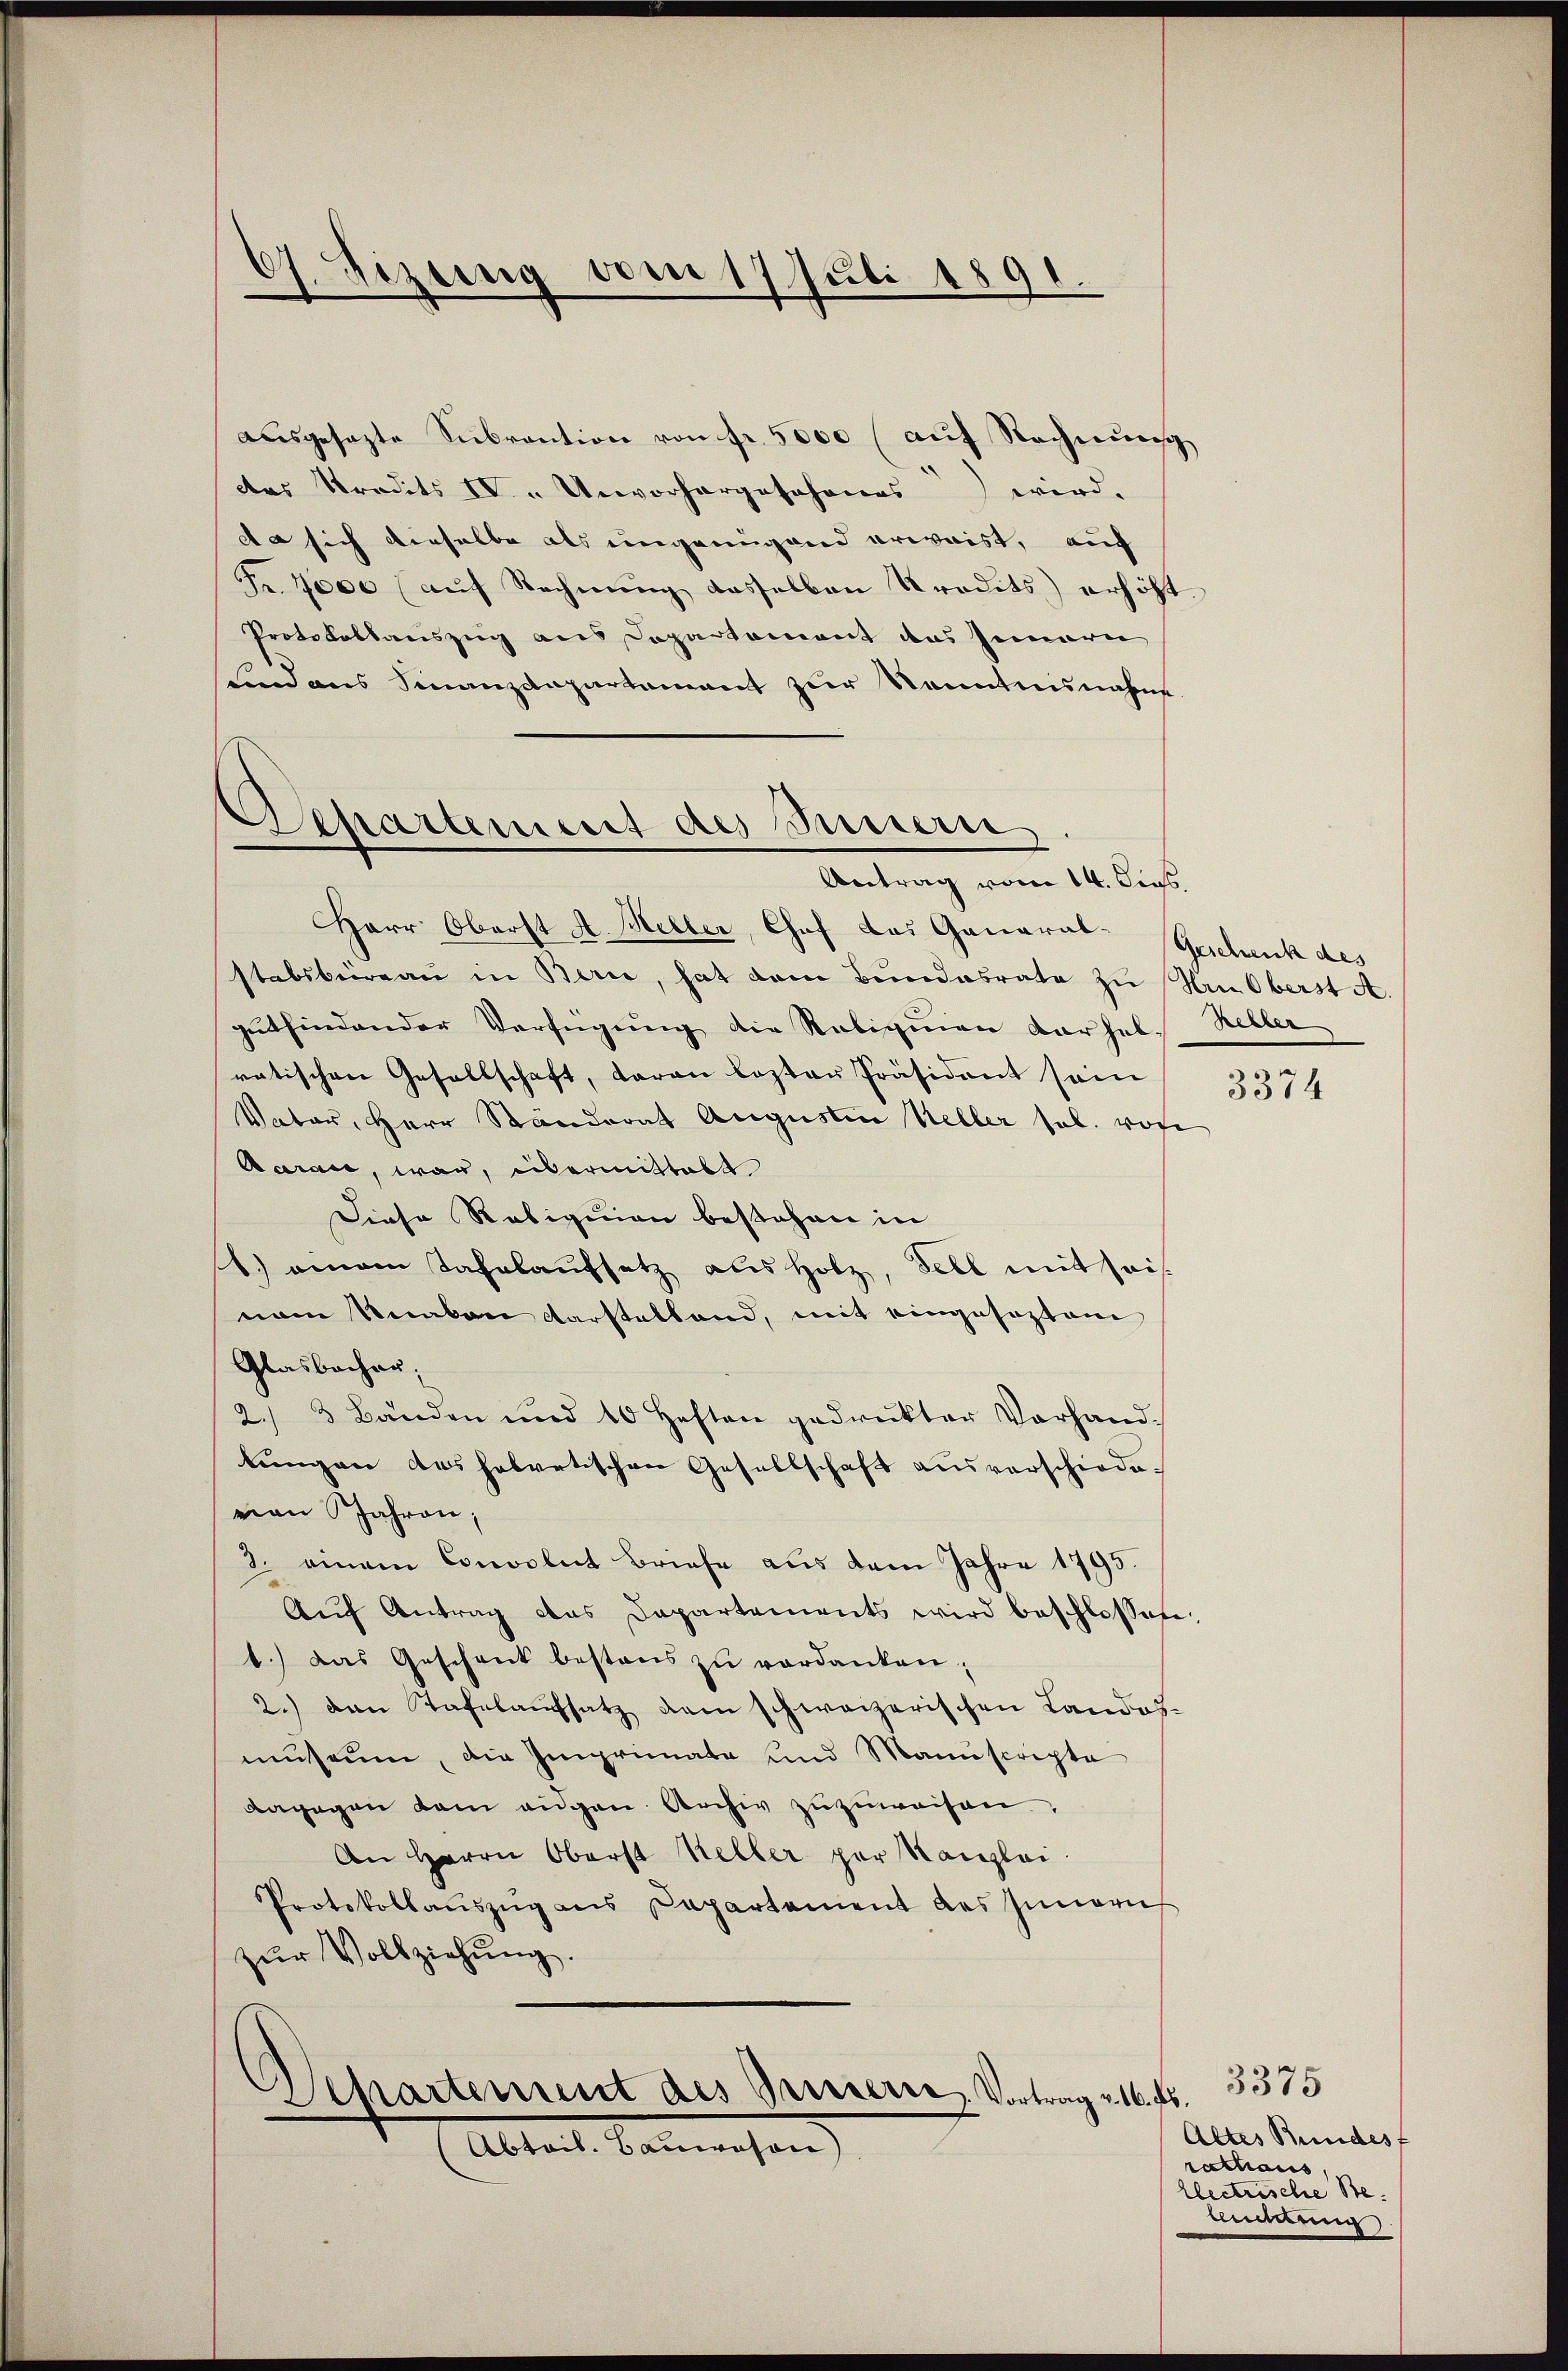
67. Dezung vom 17. Juli 1891.

Departement des Innern
Antrag vom 14. Dies

ausgesezte Subvention von fr. 5000 (auf Rechnung
das Stradits IV. - Unvorhergeschones wird.
da sich dieselbe als ungenügend erwaist, auf
Fr. 4000 (auf Rechnung dasselben Predits) erhöht
Protokollauszug aus Departement das Innern
Sind aus Finanzdepartement zur Kenntnisnahme
Herr Oberst A. Heller, Chef das Ganarat. Geschenk des
stabsbureau in Berie, hat dem Bŭndesrate zu Nie Oberst A.
gutfindender Verfügung die Religinen darhal-
ratischen Gesellschaft, daran losten Präsident sein
Vater, Herr Ständerat Augustin Keller sel. wofe
Aarau, war, übermittalt
Diese Religion bestehen in
1.) einem Jahrlaufsatz aus Holz, Fell mit sei
nam Knaben darstellend, mit eingesezten
Glasbacher;
2. 3 Bänden und 10 Heften gedrukter Vorhandlungen das helvetischen Gesellschaft ausverschiedevian Jahren;
3. einem Convolut Briefe aus dem Jahre 1795.
Aŭf Antrag das Departements wird beschlossene
1.) Das Geschenk bestens zu verdanken;
2.) Den Tafelaŭfsatz dem schweizerischen Landes-
museum, die Imprimate und Manuscripte
dagegen kam augen Archiv zuzuweisen.
An Herrn Oberst Keller per Kanzlei
Protokollauszug aus Capartement des Innern
zŭr Vollziehŭng.
Departement des Prieser Vortrag v. 16. f.
Abteil. Bauwesen)

Rehler

*)

3374

3375
Altes Bundes f
rattaus
llectrische Be
leuchtung